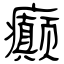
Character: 癫